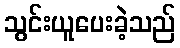
သွင်းယူပေးခဲ့သည်